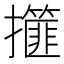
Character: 𢸿